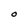
Character: O